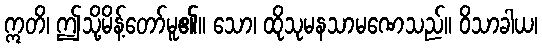
ဣတိ၊ ဤသို့မိန့်တော်မူ၏။ သော၊ ထိုသုမနသာမဏေသည်။ ဝိသာခါယ၊